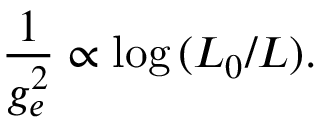
{ \frac { 1 } { g _ { e } ^ { 2 } } } \propto \log { ( L _ { 0 } / L ) } .